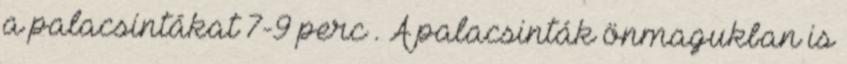
a palacsintákat 7-9 perc . A palacsinták önmagukban is